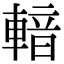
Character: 𨍑